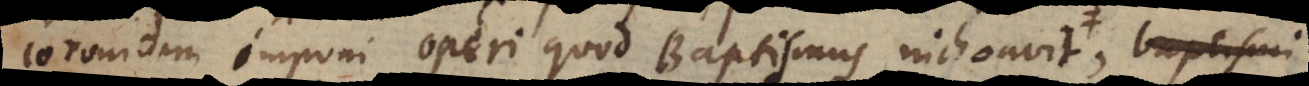
coronidem imponi operi quod Baptismus inchoavit, unde